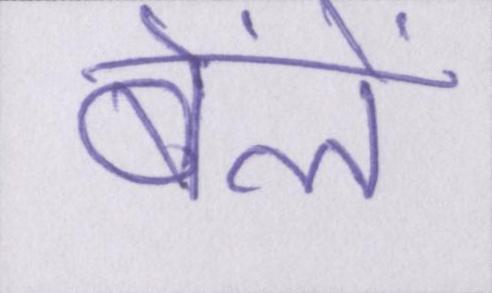
बेंलें